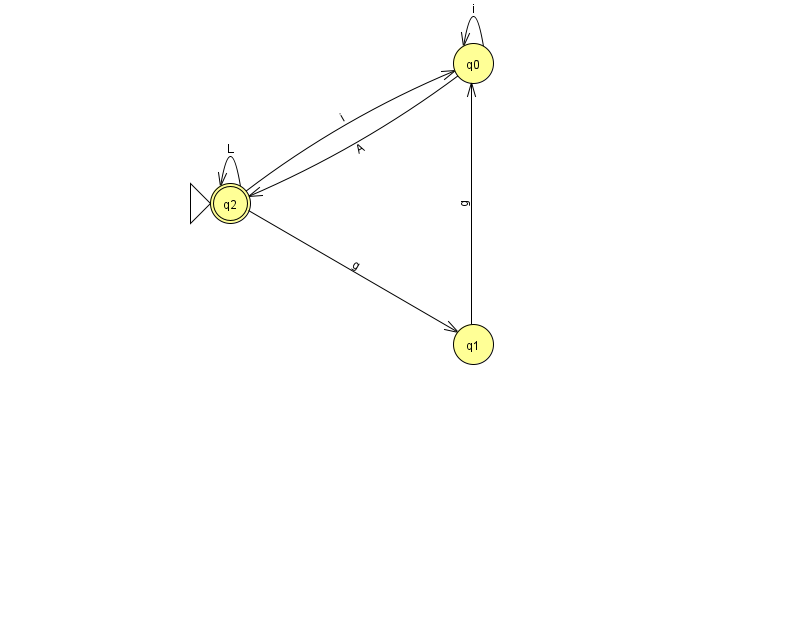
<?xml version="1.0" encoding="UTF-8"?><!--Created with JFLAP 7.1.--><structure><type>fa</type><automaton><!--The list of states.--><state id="0" name="q0"><x>473.0</x><y>50.0</y></state><state id="1" name="q1"><x>473.0</x><y>331.0</y></state><state id="2" name="q2"><x>230.0</x><y>190.0</y><initial/><final/></state><!--The list of transitions.--><transition><from>1</from><to>0</to><read>g</read></transition><transition><from>0</from><to>2</to><read>A</read></transition><transition><from>2</from><to>1</to><read>g</read></transition><transition><from>0</from><to>0</to><read>i</read></transition><transition><from>2</from><to>0</to><read>i</read></transition><transition><from>2</from><to>2</to><read>L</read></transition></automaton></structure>